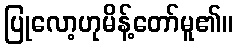
ပြုလော့ဟုမိန့်တော်မူ၏။